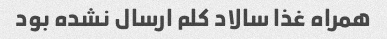
همراه غذا سالاد کلم ارسال نشده بود